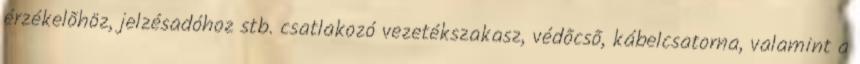
érzékelõhöz, jelzésadóhoz stb. csatlakozó vezetékszakasz, védõcsõ, kábelcsatorna, valamint a